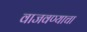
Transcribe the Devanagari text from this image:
वाजवण्याचा